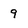
Character: 9